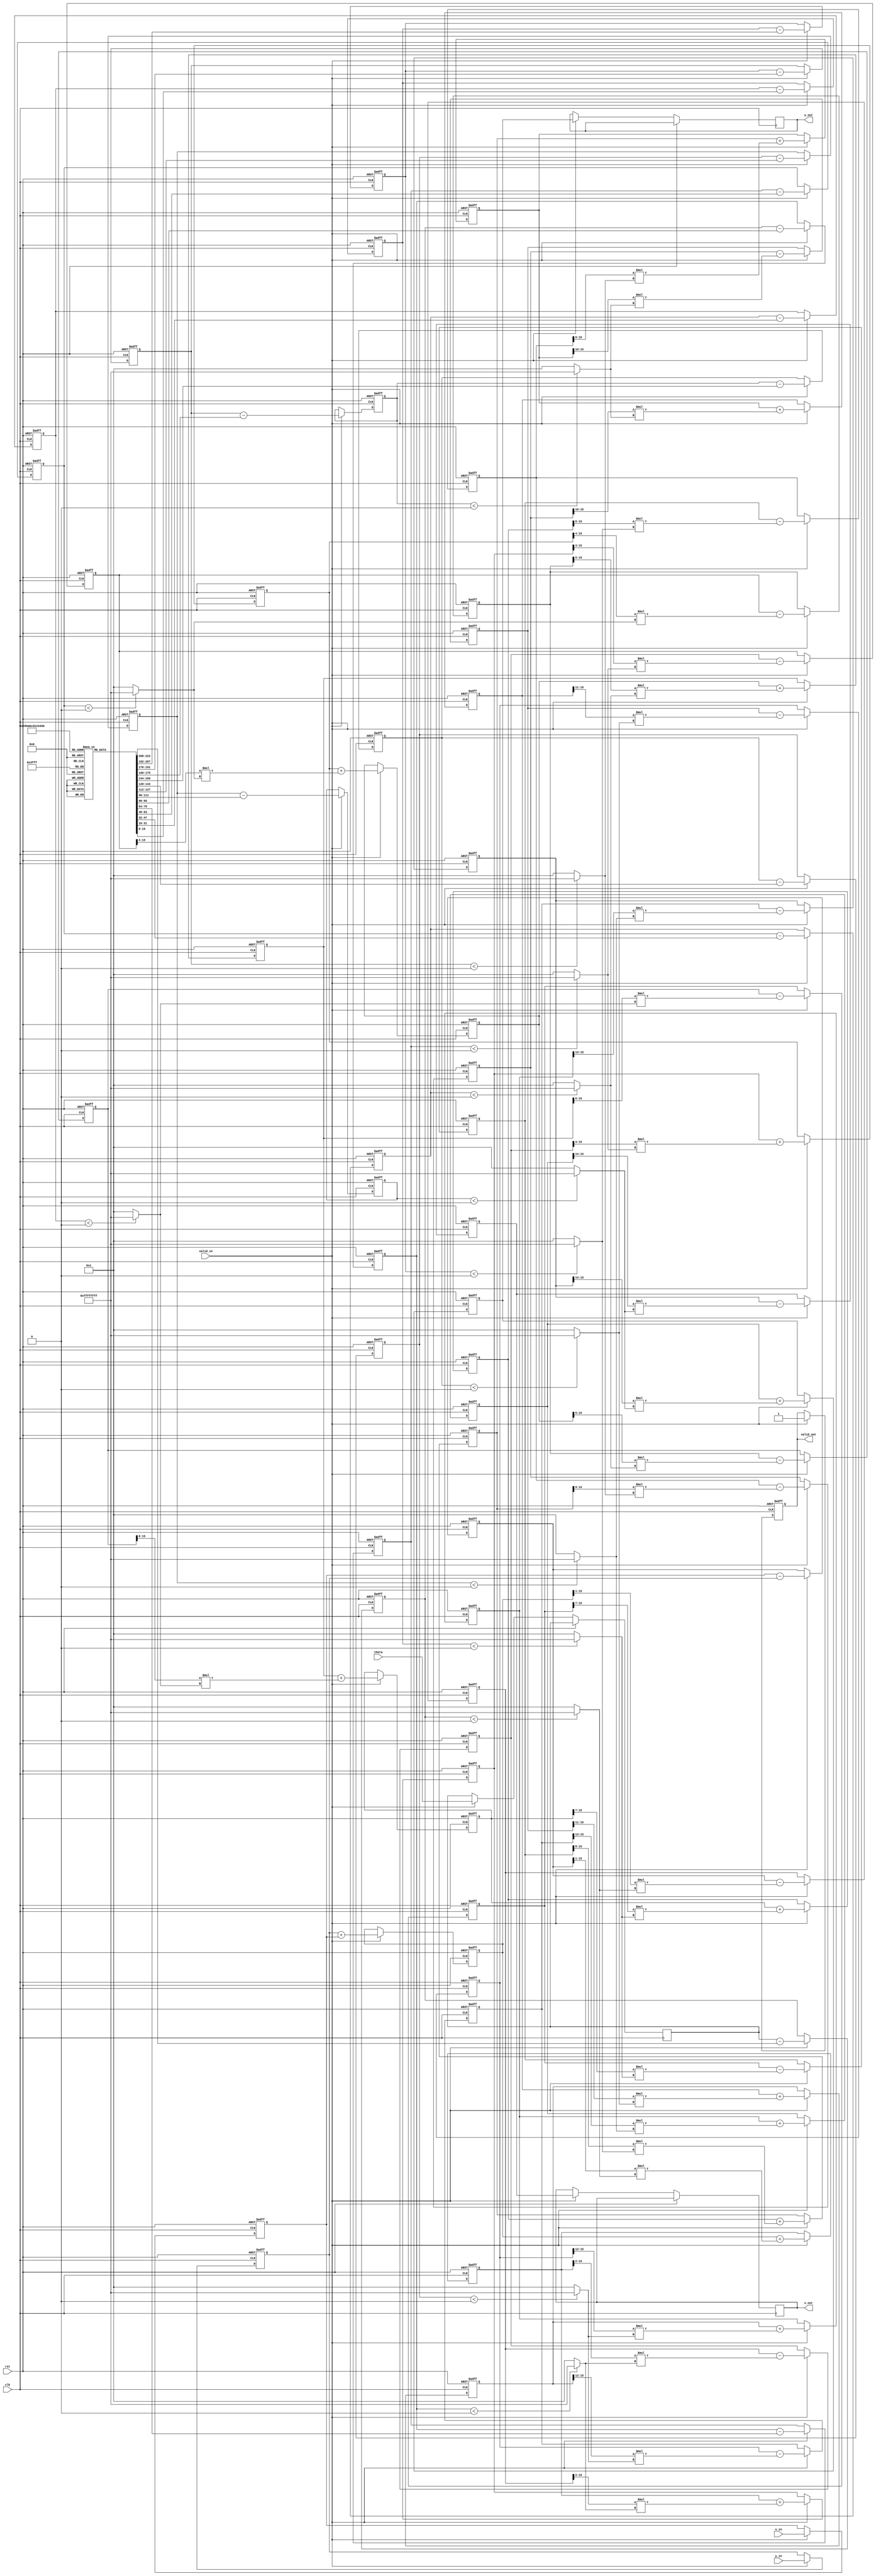
module pipeline_cordic (
    input clk,
    input rst,
    input valid_in,
    input [15:0] theta,  // Angle input in fixed-point representation
    input [15:0] x_in,   // Initial x coordinate
    input [15:0] y_in,   // Initial y coordinate
    output reg valid_out,
    output reg [15:0] x_out,
    output reg [15:0] y_out
);

parameter NUM_STAGES = 16; // Number of CORDIC stages
reg [15:0] x [0:NUM_STAGES-1]; // Pipeline registers for x
reg [15:0] y [0:NUM_STAGES-1]; // Pipeline registers for y
reg [15:0] theta_reg [0:NUM_STAGES-1]; // Pipeline registers for theta

// Precomputed rotation angles (in fixed-point)
reg [15:0] angle_table [0:NUM_STAGES-1];

// Initialize the angle lookup table
initial begin
    angle_table[0] = 16'h2000; // atan(2^-0)
    angle_table[1] = 16'h1000; // atan(2^-1)
    angle_table[2] = 16'h0800; // atan(2^-2)
    angle_table[3] = 16'h0400; // atan(2^-3)
    angle_table[4] = 16'h0200; // atan(2^-4)
    angle_table[5] = 16'h0100; // atan(2^-5)
    angle_table[6] = 16'h0080; // atan(2^-6)
    angle_table[7] = 16'h0040; // atan(2^-7)
    angle_table[8] = 16'h0020; // atan(2^-8)
    angle_table[9] = 16'h0010; // atan(2^-9)
    angle_table[10] = 16'h0008; // atan(2^-10)
    angle_table[11] = 16'h0004; // atan(2^-11)
    angle_table[12] = 16'h0002; // atan(2^-12)
    angle_table[13] = 16'h0001; // atan(2^-13)
    angle_table[14] = 16'h0000; // atan(2^-14)
    angle_table[15] = 16'h0000; // atan(2^-15)
end

// CORDIC pipeline logic
integer i;
always @(posedge clk or posedge rst) begin
    if (rst) begin
        valid_out <= 0;
        x[0] <= 0;
        y[0] <= 0;
        for (i = 1; i < NUM_STAGES; i = i + 1) begin
            x[i] <= 0;
            y[i] <= 0;
            theta_reg[i] <= 0;
        end
    end else if (valid_in) begin
        // Load initial values into the first stage
        x[0] <= x_in;
        y[0] <= y_in;
        theta_reg[0] <= theta;

        // Pipeline processing
        for (i = 0; i < NUM_STAGES; i = i + 1) begin
            if (i == 0) begin
                // First stage, no previous values
                x[i+1] <= x[i] - (y[i] >>> i);
                y[i+1] <= y[i] + (x[i] >>> i);
                theta_reg[i+1] <= theta_reg[i] - angle_table[i];
            end else if (i < NUM_STAGES - 1) begin
                // Intermediate stages
                x[i+1] <= x[i] - ((y[i] >>> i) * (theta_reg[i] < 0 ? -1 : 1));
                y[i+1] <= y[i] + ((x[i] >>> i) * (theta_reg[i] < 0 ? -1 : 1));
                theta_reg[i+1] <= theta_reg[i] - angle_table[i];
            end else begin
                // Last stage
                x_out <= x[i];
                y_out <= y[i];
                valid_out <= 1; // Indicate output is valid
            end
        end
    end
end

endmodule